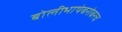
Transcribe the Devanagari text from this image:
बोलीभाषेबरोबरच